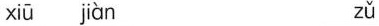
xiū jàn zǔ